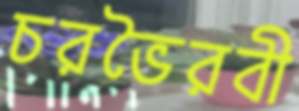
চরভৈরবী